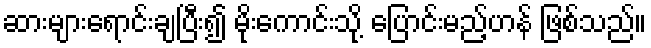
ဆားများရောင်းချပြီး၍ မိုးကောင်းသို့ ပြောင်းမည့်ဟန် ဖြစ်သည်။